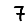
Digit: 7